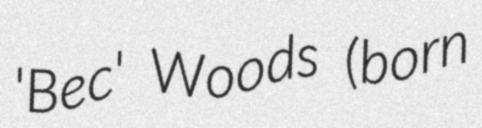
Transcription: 'Bec' Woods (born